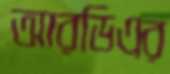
আরডিএর